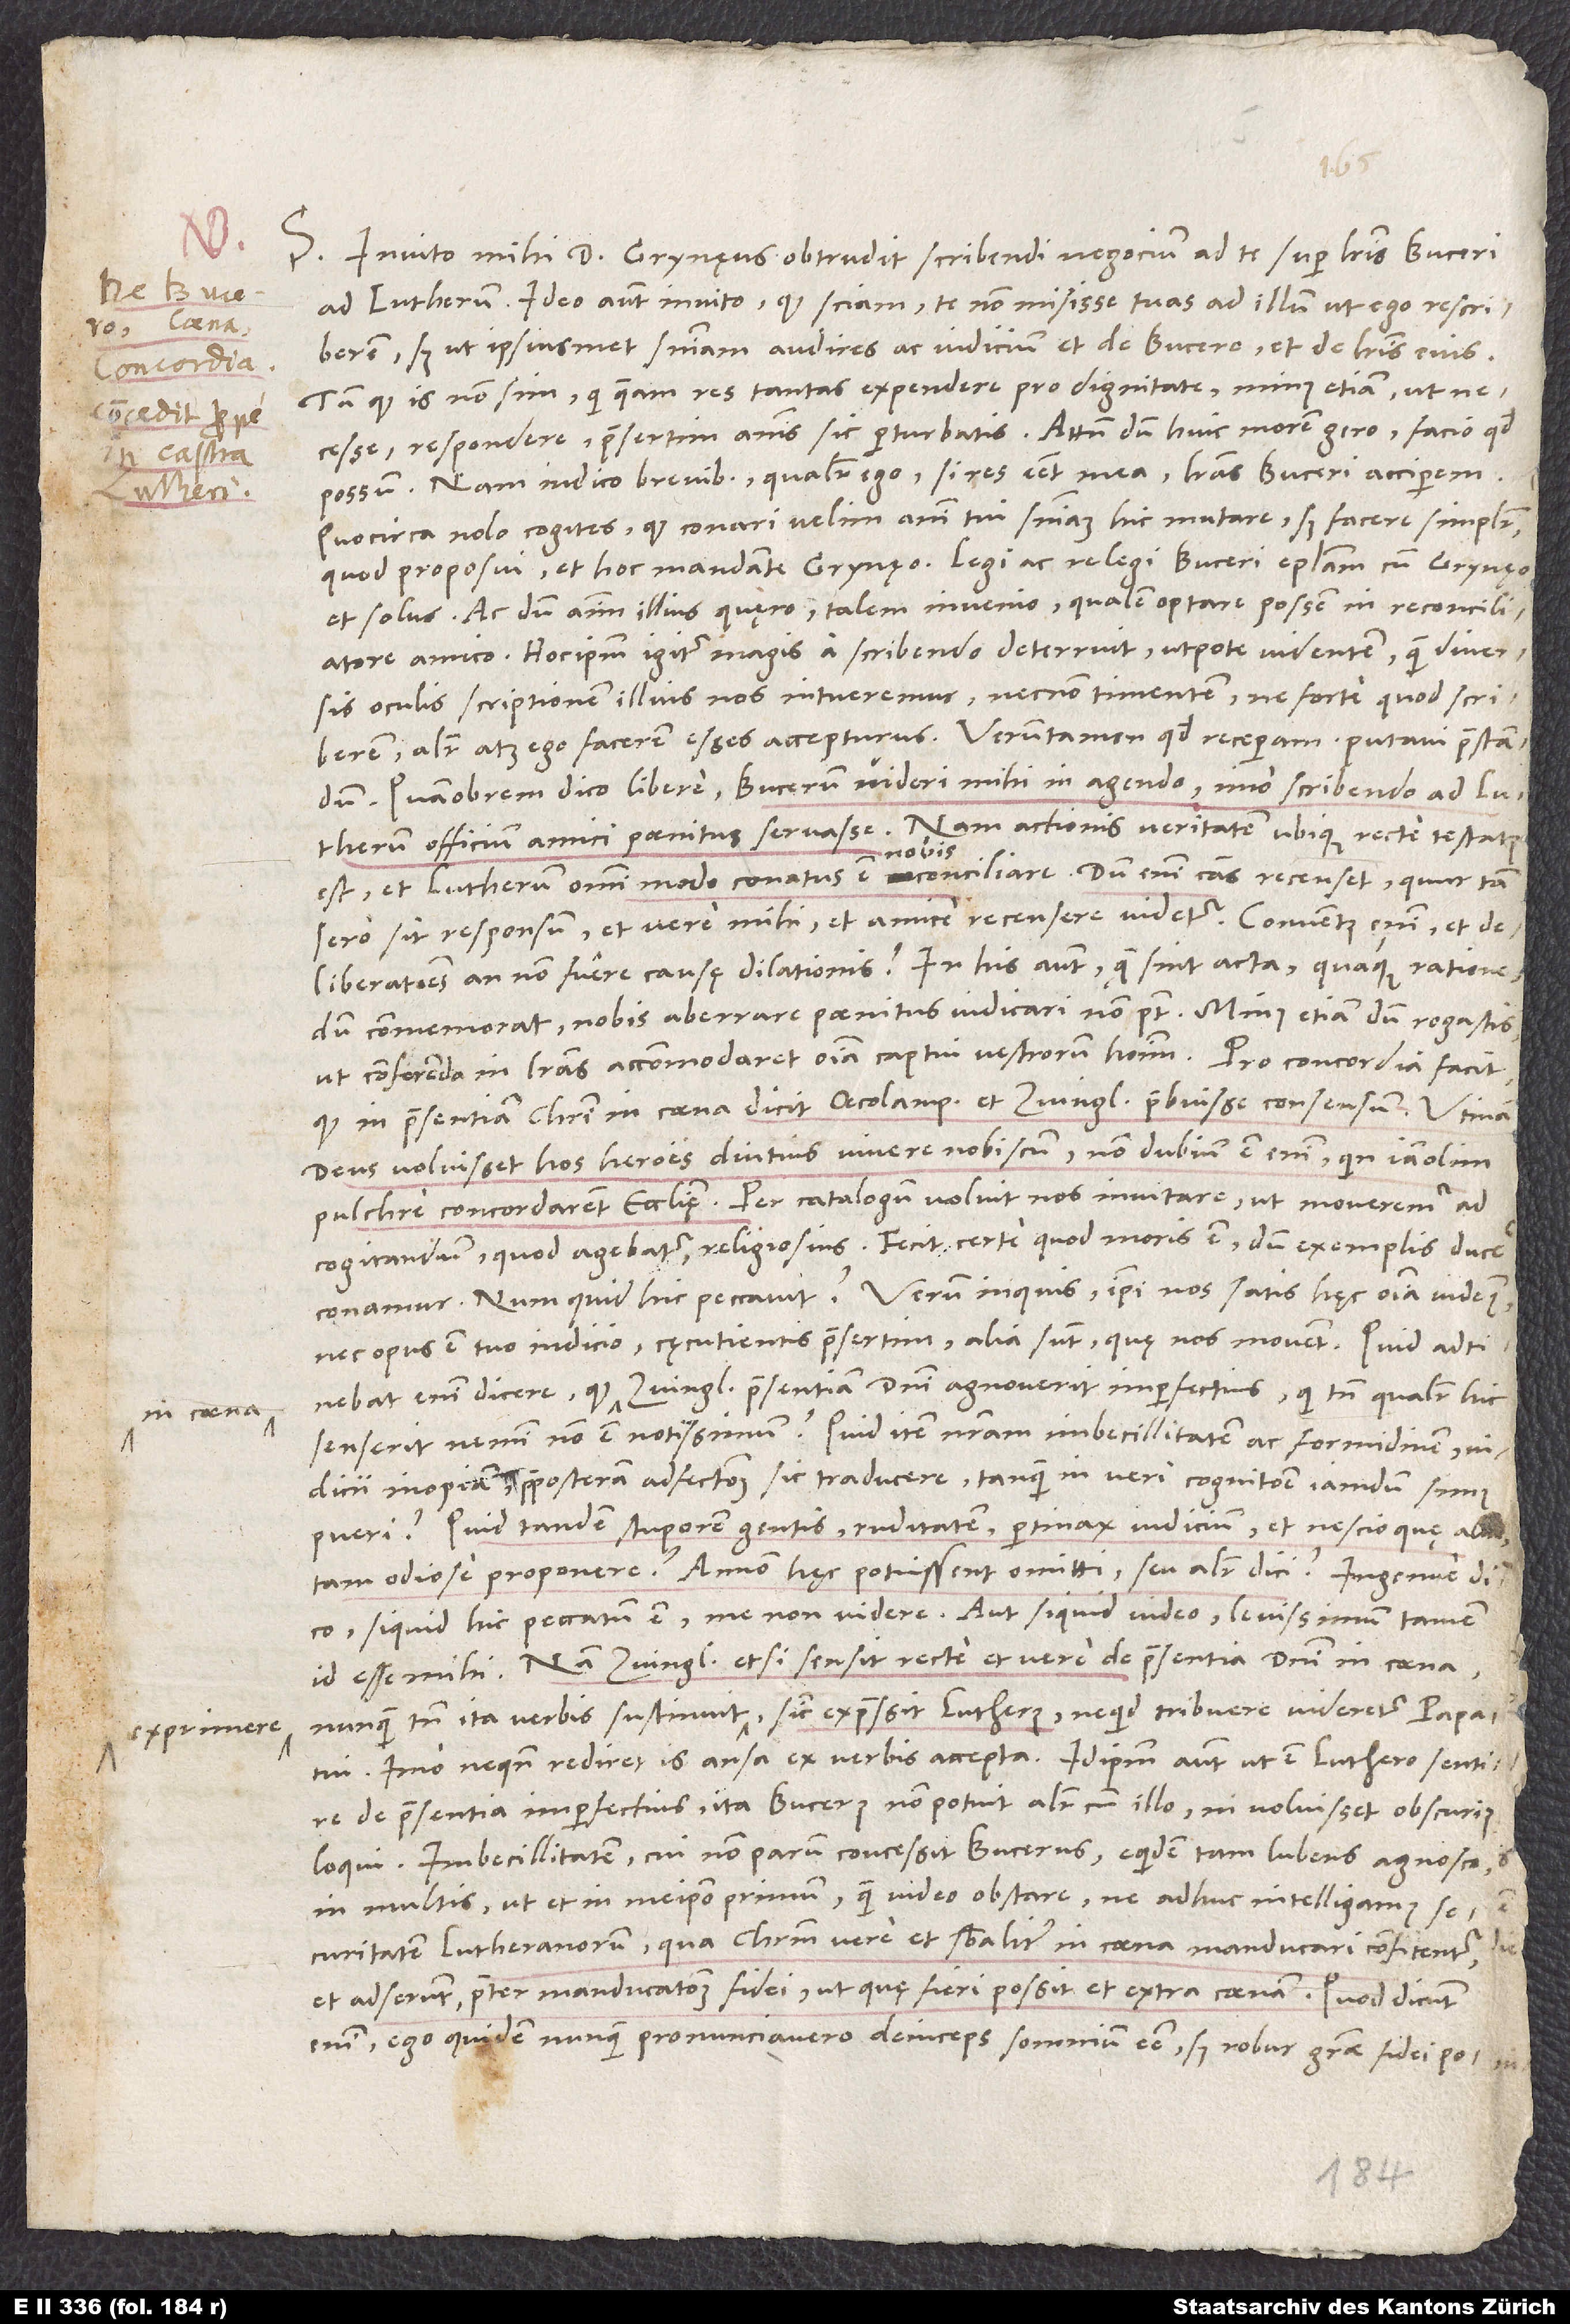
.
in coena

S. Invito mihi d. Grynęus obtrudit scribendi negocium ad te super literis Buceri
ad Lutherum; ideo autem invito, quod sciam te non misisse tuas ad illum, ut ego rescriberem,
sed ut ipsiusmet sententiam audires ac iudicium et de Bucero et de literis eius,
tum quod is non sim, qui queam res tantas expendere pro dignitate, minus etiam ut
necesse respondere, praesertim animis sic perturbatis. Attamen, dum huic morem gero, facio, quod
possum; nam indico brevibus, qualiter ego, si res esset mea, literas Buceri acciperem.
Quocirca nolo cogites, quod conari velim animi tui sententiam hic mutare, sed facere simpliciter,
et solus. Ac dum animum illius quęro, talem invenio, qualem optare possem in reconciliatore
amico. Hocipsum igitur magis a scribendo deterruit utpote videntem, quod diversis
oculis scriptionem illius nos intueremur, necnon timentem, ne forte, quod scriberem,
aliter atque ego facerem, esses accepturus. Verumtamen, quod receperam, putavi praestandum.
Quamobrem dico libere Bucerum videri mihi in agendo, imo scribendo ad Lutherum
officium amici paenitus servasse. Nam actionis veritatem ubique recte testatus
est et Lutherum omni modo conatus est nobis conciliare. Dum enim causas recenset, quur tam
sero sit responsum, et vere mihi et amice recensere videtur. Conventus enim et
deliberationes an non fuere causę dilationis? In his autem, quae sint acta quaque ratione
dum commemorat, nobis aberrare paenitus iudicari non potest, minus etiam, dum rogastis,
ut conferenda in literas accommodaret omnia captui vestrorum hominum. Pro concordia facit,
quod in praesentiam Christi in coena dicit Oecolampadium et Zvinglium praebuisse consensum. Utinam
deus voluisset hos heroes diutius vivere nobiscum! Non dubium est enim, quin iam olim
pulchre concordarent ecclesiae. Per catalogum voluit nos invitare, ut moveremur ad
cogitandum, quod agebatur, religiosius. Fecit certe, quod moris est, dum exemplis ducere
nec opus est tuo iudicio, cęcutientis praesertim; alia sunt, quę nos movent. Quid adtinebat
enim dicere, quod in coena Zvinglius praesentiam domini agnoverit imperfectius, qui tamen qualiter hic
senserit, nemini non est notissimum? Quid item, nostram imbecillitatem ac formidinem, iudicii
inopiam, praeposteram adfectionem sic traducere, tanquam in veri cognitione iamdum simus
pueri? Quid tandem, stuporem gentis, ruditatem, pertinax iudicium et nescio quae alia
tam odiose proponere? Annon hęc potuissent omitti seu aliter dici?"
siquid hic peccatum est, me non videre, aut siquid video, levissimum tamen
id esse mihi. Nam Zvinglius, etsi sensit recte et vere de praesentia domini in coena,
nunquam tamen ita verbis sustinuit exprimere, sicut expressit Lutherus, ne quid tribuere videretur papatui,
imo ne quando rediret is ansa ex verbis accepta. Idipsum autem ut est Luthero sentire
de praesentia imperfectius, ita Bucerus non potuit aliter cum illo - ni voluisset obscurius
loqui. Imbecillitatem, cui non parum concessit Bucerus, equidem tam lubens agnosco
in multis ut et in me ipso primum, quam video obstare, ne adhuc intelligamus
securitatem Lutheranorum, qua Christum vere et substantialiter in coena manducari confitentur
et adserunt praeter manducationem fidei, ut quę fieri possit et extra coenam. Quod dicunt
enim, ego quidem nunquam pronunciavero deinceps somnium esse, sed robur gratiae fidei potius,